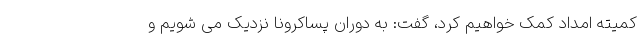
کمیته امداد کمک خواهیم کرد، گفت: به دوران پساکرونا نزدیک می شویم و